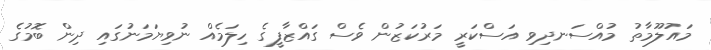
މައުލޫމާތު މުއްސަނދިވި އަސްކަރީ މަރުކަޒުން ވެސް ގައްޒާފީގެ ހިލަމެއް ނުވިޔަމަނުގައި ދިން ބޮމުގެ